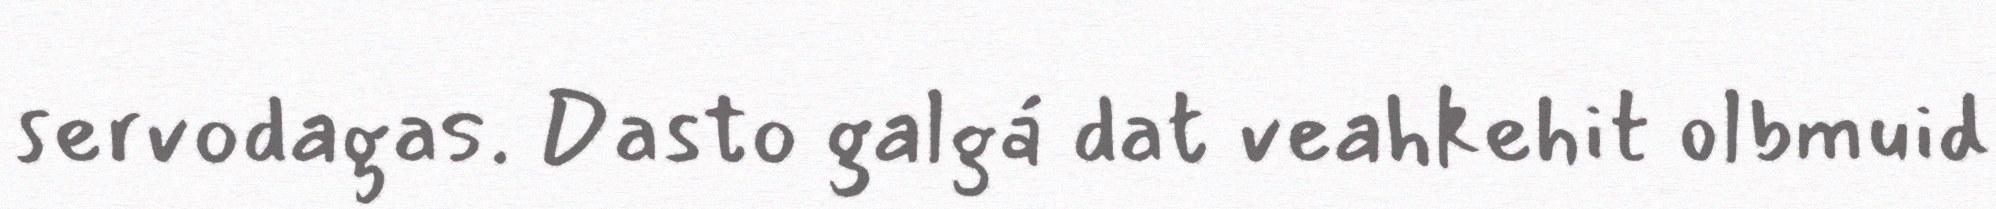
servodagas. Dasto galgá dat veahkehit olbmuid